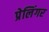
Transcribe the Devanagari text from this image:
प्रेलिंगर